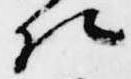
法